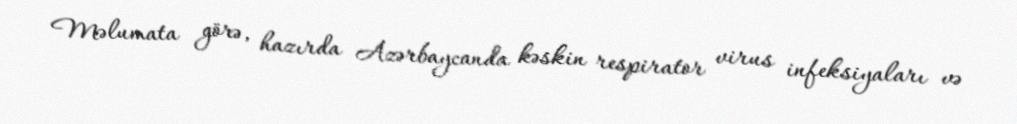
Məlumata görə, hazırda Azərbaycanda kəskin respirator virus infeksiyaları və